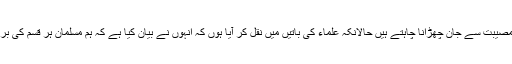
صرف اذان دے کر ہی آفت اور مصیبت سے جان چھڑانا چاہتے ہیں حالانکہ علماء کی باتیں میں نقل کر آیا ہوں کہ انہوں نے بیان کیا ہے کہ ہم مسلمان ہر قسم کی برائی کی انتہاء کو چھو چکے ہیں۔